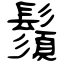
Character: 鬚